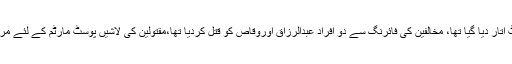
تفصیلات کے مطابق گزشتہ روز ہربنس پورہ میں خاتون سے تنازع پر دو افراد کو موت کے گھاٹ اتار دیا گیا تھا، مخالفین کی فائرنگ سے دو افراد عبدالرزاق اوروقاص کو قتل کردیا تھا،مقتولین کی لاشیں پوسٹ مارٹم کے لئے مردہ خانے منتقل کردیں گئیں تھیں، پولیس کا کہناتھا کہ مقتولین کے قبضے سے اسلحہ بھی برآمد ہوا۔